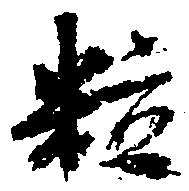
粒